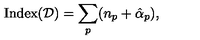
\mathrm { I n d e x } ( { \cal D } ) = \sum _ { p } ( n _ { p } + \hat { \alpha } _ { p } ) ,